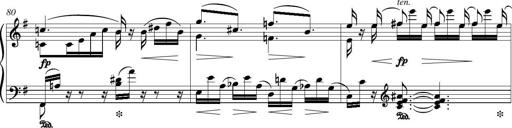
Title: Piano Sonatina in G major
Composer: Johan Peter Emilius Hartmann
Key: G major